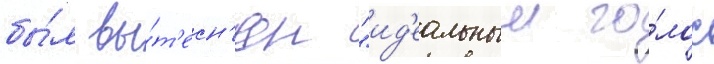
бы́л вы́т'есн'ен "ид'еальныи го́лос